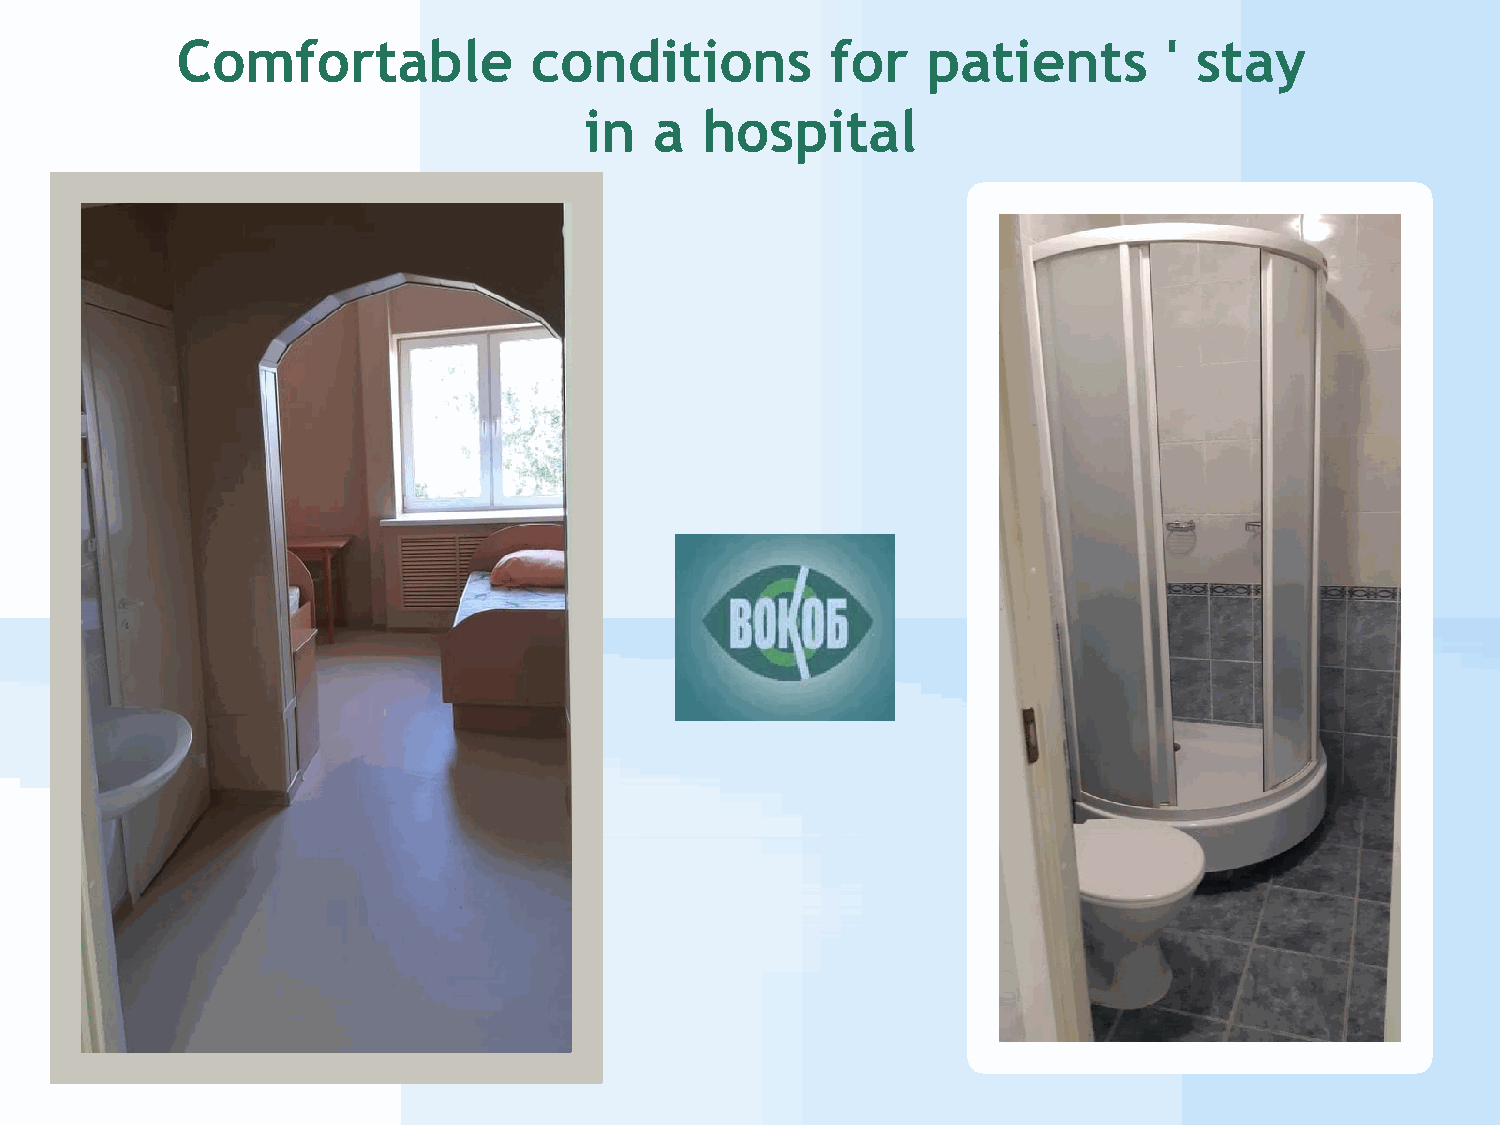
CОB»omfortable         conditions          for   patients        ' stay
 in  a  hospital